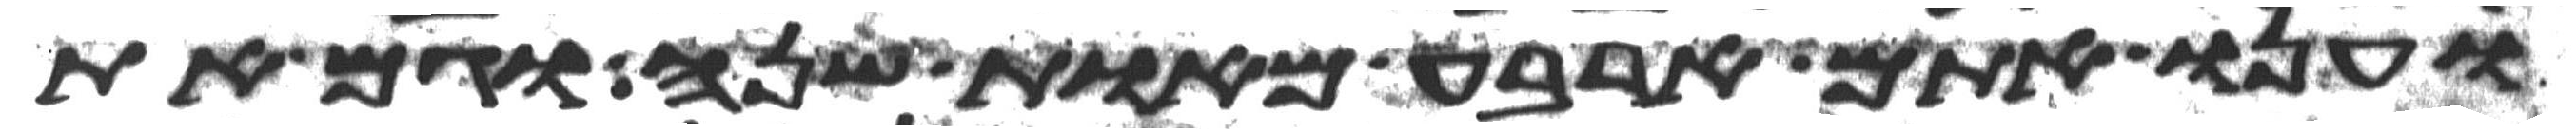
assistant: וענו אתם ארבע מאות שנה וגם את